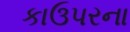
કાઉપરના